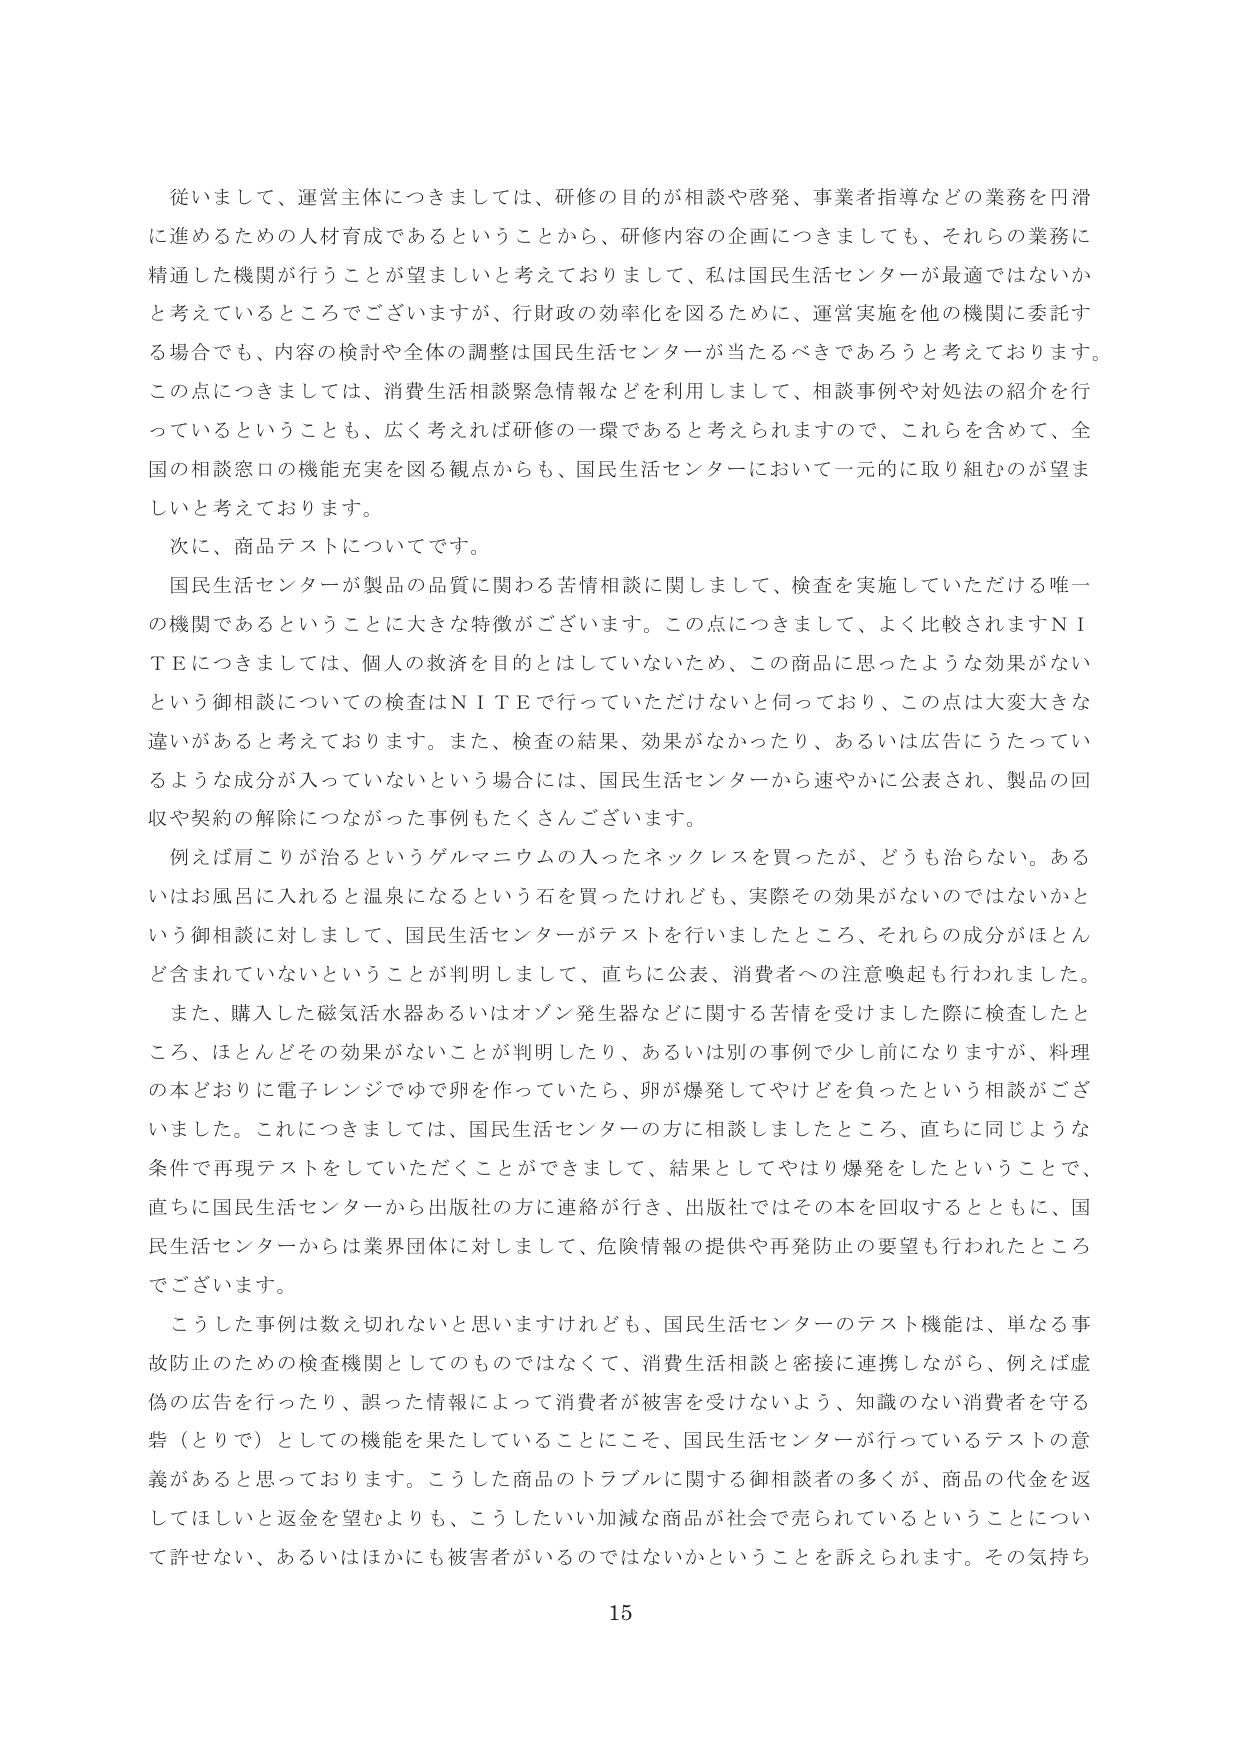
従いまして、運営主体につきましては、研修の目的が相談や啓発、事業者指導などの業務を円滑に進めるための人材育成であるということから、研修内容の企画につきましても、それらの業務に精通した機関が行うことが望ましいと考えておりまして、私は国民生活センターが最適ではないかと考えているところでございますが、行財政の効率化を図るために、運営実施を他の機関に委託する場合でも、内容の検討や全体の調整は国民生活センターが当たるべきであろうと考えております。この点につきましては、消費生活相談緊急情報などを利用して、相談事例や対処法の紹介を行っているということも、広く考えれば研修の一環であると考えられますので、これらを含めて、全国の相談窓口の機能充実を図る観点からも、国民生活センターにおいて一元的に取り組むのが望ましいと考えております。

次に、商品テストについてです。

国民生活センターが製品の品質に関わる苦情相談に関しまして、検査を実施していただける唯一の機関であるということに大きな特徴がございます。この点につきまして、よく比較されますＮＩＴＥにつきましては、個人の救済を目的とはしていないため、この商品に思ったような効果がないという御相談についての検査はＮＩＴＥで行っていただけないと言っており、この点は大変大きな違いがあると考えております。また、検査の結果、効果がなかったり、あるいは広告にうたっているような成分が入っていないという場合には、国民生活センターから速やかに公表され、製品の回収や契約の解除につながった事例もたくさんございます。

例えば肩こりが治るというゲルマニウムの入ったネックレスを買ったが、どうも治らない。あるいはお風呂に入れると言泉になるという石を買ったけれども、実際その効果がないのではないかという御相談に対しまして、国民生活センターがテストを行いましたところ、それらの成分がほとんど含まれていないということが判明しまして、直ちに公表、消費者への注意喚起も行われました。

また、購入した磁気活水器あるいはオゾン発生器などに関する苦情を受けました際に検査したところ、ほとんどその効果がないことが判明したり、あるいは別の事例で少し前になりますが、料理の本どおりに電子レンジでゆで卵を作っていたら、卵が爆発してやけどを負ったという相談がございました。これにつきましては、国民生活センターの方に相談しましたところ、直ちに同じような条件で再現テストをしていただくことができまして、結果としてやはり爆発をしたということで、直ちに国民生活センターから出版社の方に連絡が行き、出版社ではその本を回収するとともに、国民生活センターからは業界団体に対しまして、危険情報の提供や再発防止の要望も行われたところでございます。

こうした事例は数え切れないと思いますけれども、国民生活センターのテスト機能は、単なる事故防止のための検査機関としてのものではなくて、消費生活相談と密接に連携しながら、例えば虚偽の広告を行ったり、誤った情報によって消費者が被害を受けないよう、知識のない消費者を守る砦（とりで）としての機能を果たしていることにこそ、国民生活センターが行っているテストの意義があると思っております。こうした商品のトラブルに関する御相談者の多くが、商品の代金を返してほしいと返金を望むよりも、こうしたいい加減な商品が社会で売られているということについて許せない、あるいはほかにも被害者がいるのではないかということを訴えられます。その気持ち

15